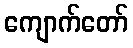
ကျောက်တော်